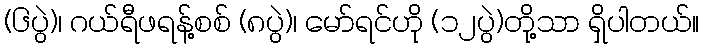
(၆ပွဲ)၊ ဂယ်ရီဖရန့်စစ် (၈ပွဲ)၊ မော်ရင်ဟို (၁၂ပွဲ)တို့သာ ရှိပါတယ်။